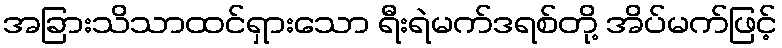
အခြားသိသာထင်ရှားသော ရီးရဲမက်ဒရစ်တို့ အိပ်မက်ဖြင့်